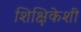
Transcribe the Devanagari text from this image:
शिक्षिकेशी